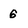
Character: 6